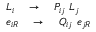
\begin{array} { l } { { L _ { i } \quad \rightarrow \quad P _ { i j } \ L _ { j } } } \\ { { e _ { i R } \quad \rightarrow \quad Q _ { i j } \ e _ { j R } } } \end{array} \quad